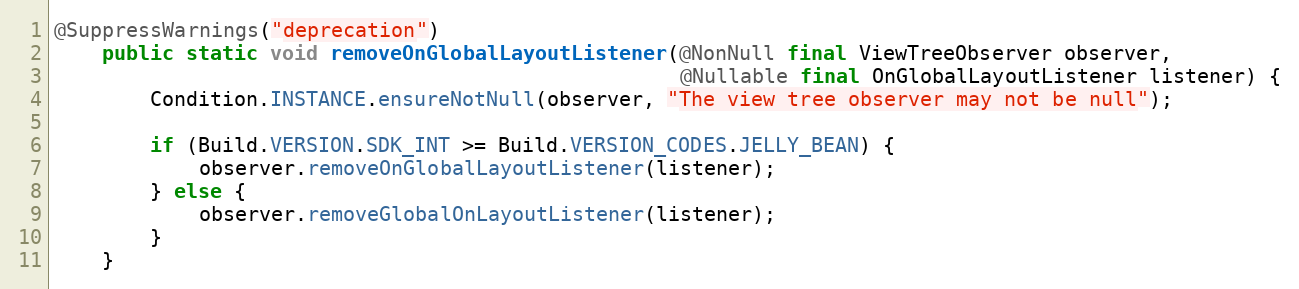
Language: Java
@SuppressWarnings("deprecation")
    public static void removeOnGlobalLayoutListener(@NonNull final ViewTreeObserver observer,
                                                    @Nullable final OnGlobalLayoutListener listener) {
        Condition.INSTANCE.ensureNotNull(observer, "The view tree observer may not be null");

        if (Build.VERSION.SDK_INT >= Build.VERSION_CODES.JELLY_BEAN) {
            observer.removeOnGlobalLayoutListener(listener);
        } else {
            observer.removeGlobalOnLayoutListener(listener);
        }
    }